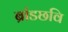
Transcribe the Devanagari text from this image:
ब्रांडछवि